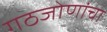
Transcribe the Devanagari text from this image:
गठजोणांचा